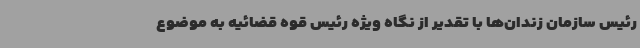
رئیس سازمان زندان‌ها با تقدیر از نگاه ویژه رئیس قوه قضائیه به موضوع